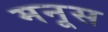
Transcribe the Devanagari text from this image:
मनूस